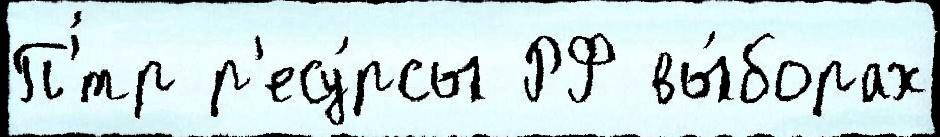
П'́тр р'есу́рсы РФ вы́борах